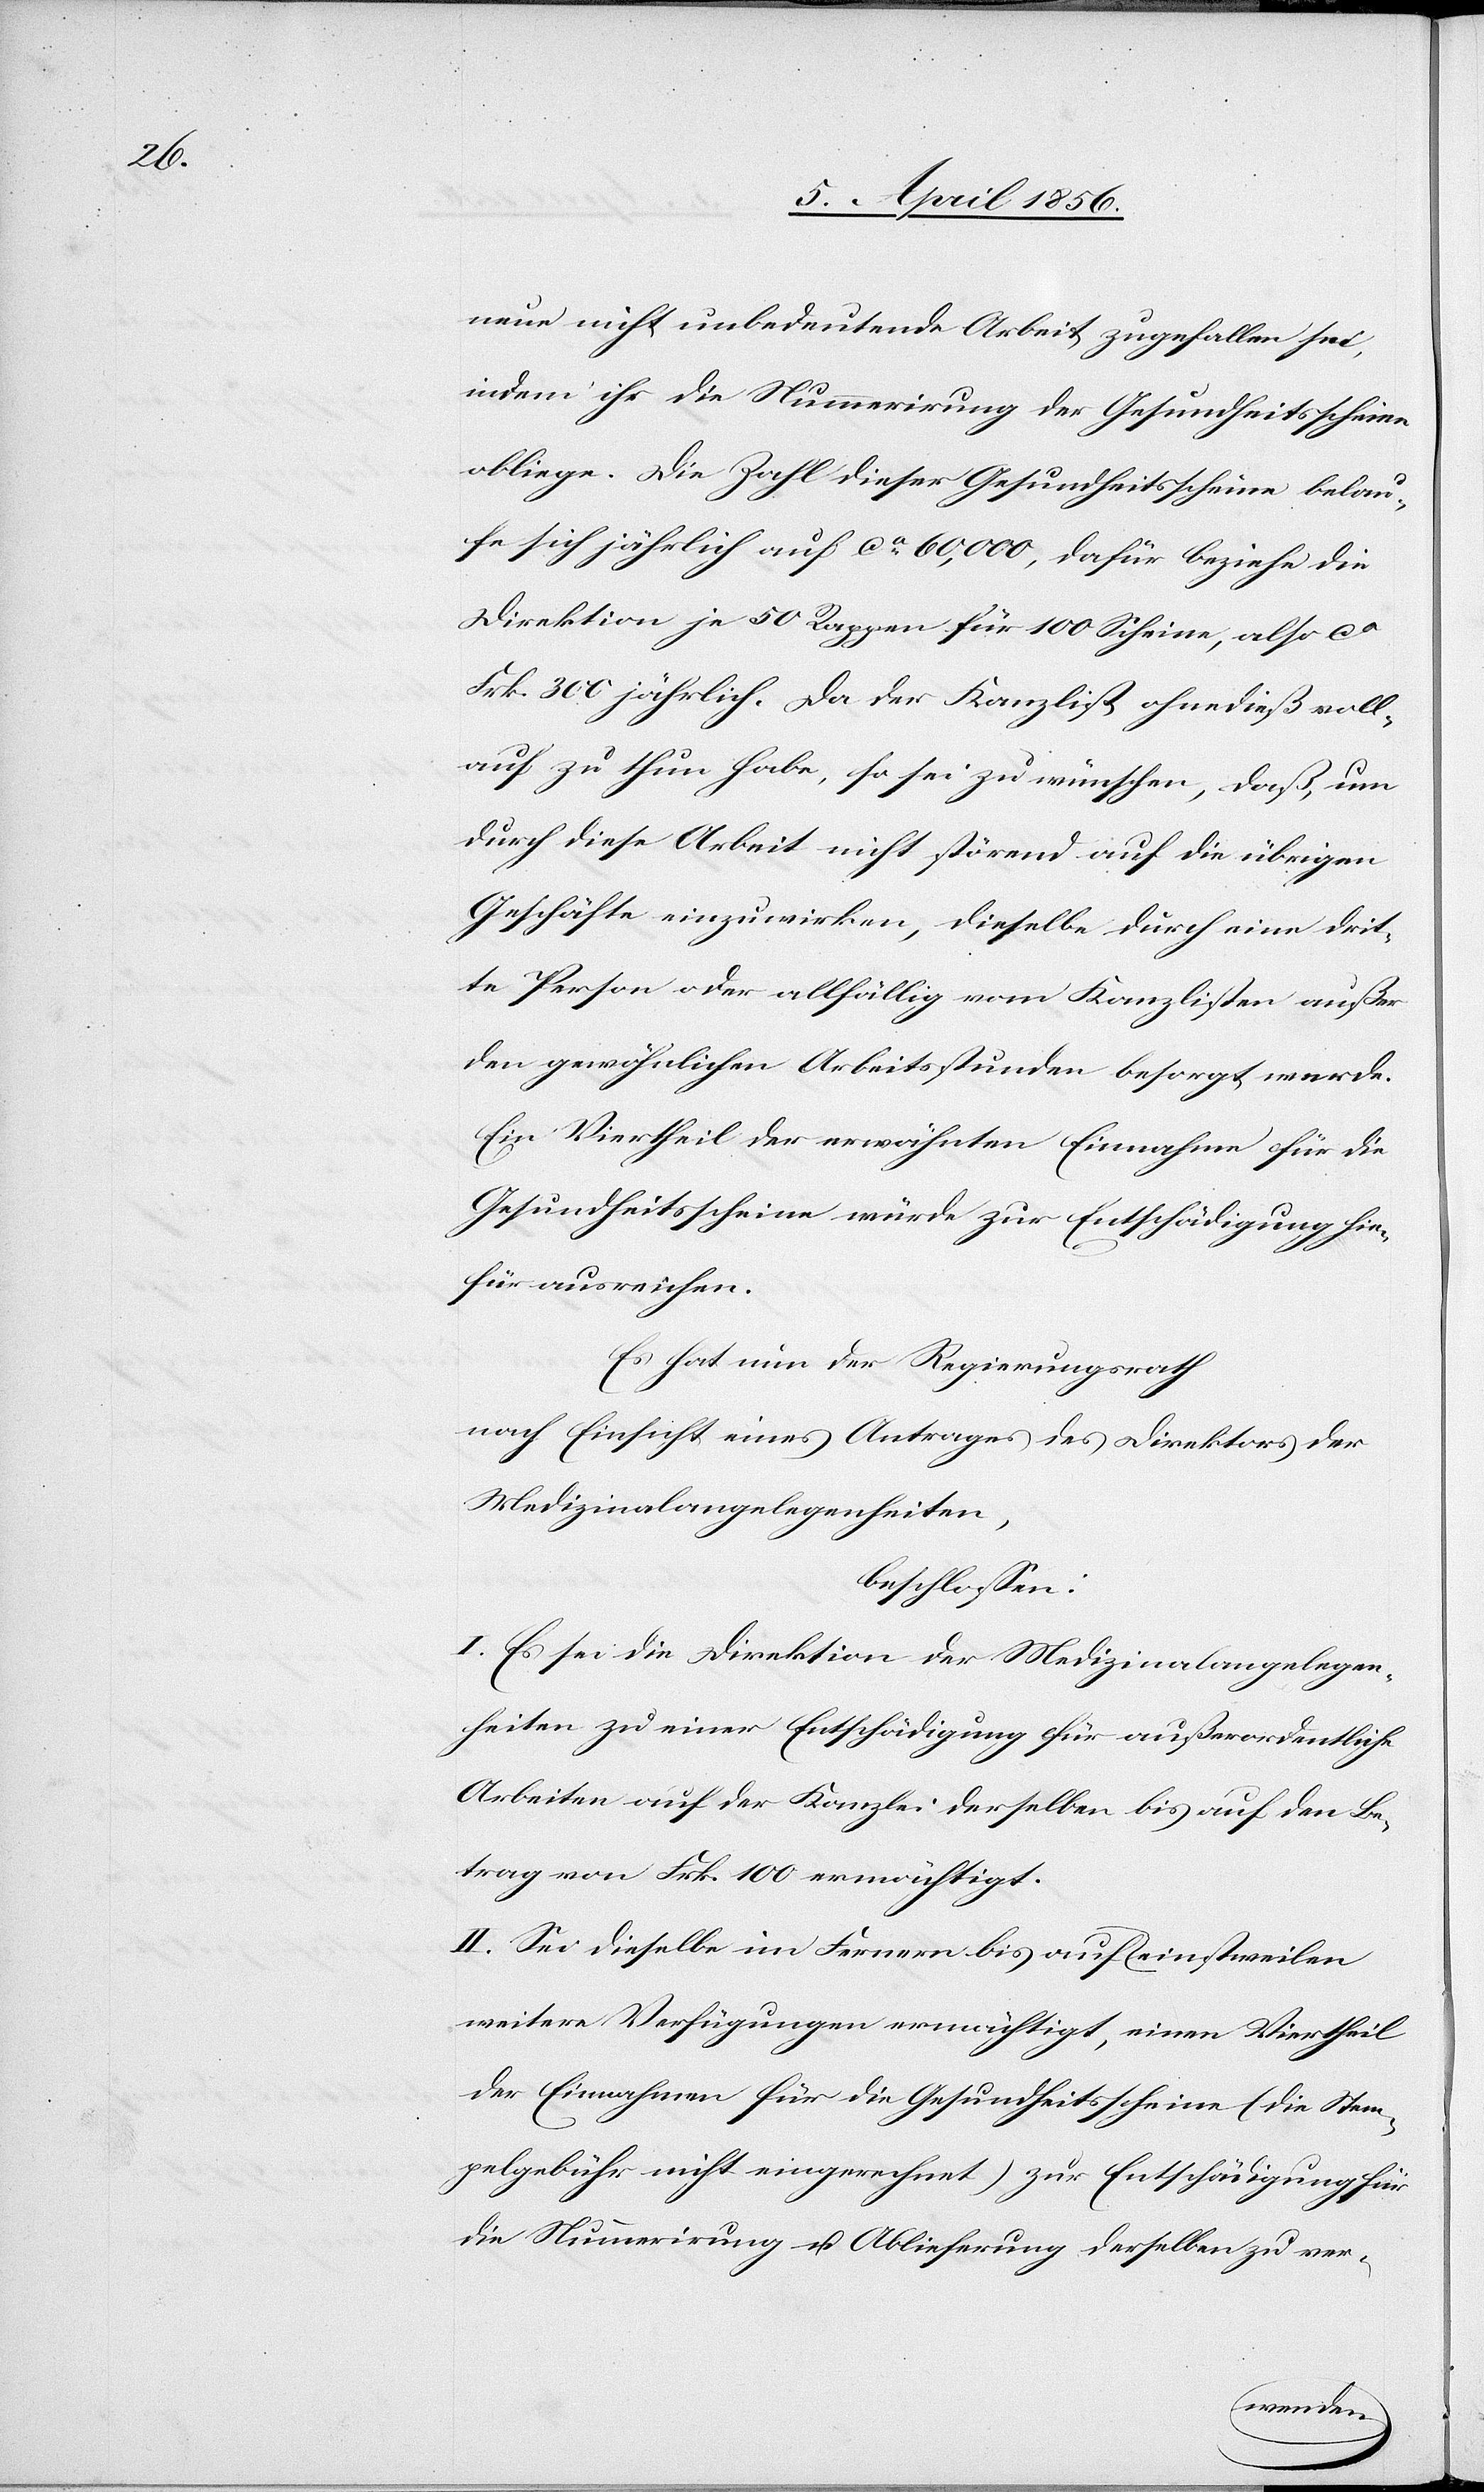
neue nicht unbedeutende Arbeit zugefallen sei,
indem ihr die Nummerirung der Gesundheitsscheine
obliege. Die Zahl dieser Gesundheitsscheine belau¬
fe sich jährlich auf ca 60,000, dafür beziehe die
Direktion je 50 Rappen für 100 Scheine, also ca
Frk. 300 jährlich. Da der Kanzlist ohnedieß voll¬
auf zu thun habe, so sei zu wünschen, daß, um
durch diese Arbeit nicht störend auf die übrigen
Geschäfte einzuwirken, dieselbe durch eine drit¬
te Person oder allfällig vom Kanzlisten außer
den gewöhnlichen Arbeitsstunden besorgt werde.
Ein Viertheil der erwähnten Einnahme für die
Gesundheitsscheine würde zur Entschädigung hie¬
für ausreichen.
Es hat der Regierungsrath
nach Einsicht eines Antrages des Direktors der
Medizinalangelegenheiten,
beschlossen:
I. Es sei die Direktion der Medizinalangelegen¬
heiten zu einer Entschädigung für außerordentliche
Arbeiten auf der Kanzlei derselben bis auf den Be¬
trag von Frk. 100 ermächtigt.
II. Sei dieselbe im Fernern einstweilen bis auf weitere
der Einnahmen für die Gesundheitsscheine (die Stem¬
pelgebühr nicht eingerechnet) zur Entschädigung für
die Nummerirung u. Ablieferung derselben zu ver-
einen